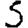
Digit: 5